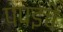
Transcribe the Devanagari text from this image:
पपइचे